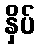
နှိပ်